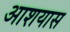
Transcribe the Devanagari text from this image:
आशयास